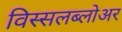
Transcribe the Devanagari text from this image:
विस्सलब्लोअर